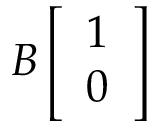
B \left[ \begin{array} { l } { 1 } \\ { 0 } \end{array} \right]